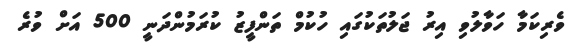
ވެރިކަމާ ހަވާލުވި އިރު ޖަލުތަކުގައި ހުކުމް ތަންފީޒު ކުރަމުންދަނީ 500 އަށް ވުރެ